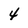
Character: 4